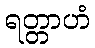
ရတ္တာဟံ